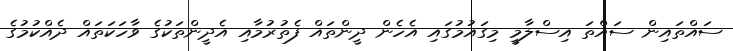
ސައްތައިން ސައްތަ އިސްލާމީ މިގައުމުގައި އެހެން ދީންތައް ފެތުރުމާއި އެދީންތަކުގެ ވާހަކަތައް ދެއްކުމުގެ